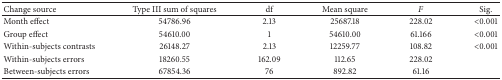
<table><thead><tr><td><b>Change source</b></td><td><b>Type III sum of squares</b></td><td><b>df</b></td><td><b>Mean square</b></td><td><b><i>F</i></b></td><td><b>Sig.</b></td></tr></thead><tbody><tr><td>Month effect</td><td>54786.96</td><td>2.13</td><td>25687.18</td><td>228.02</td><td>&lt;0.001</td></tr><tr><td>Group effect</td><td>54610.00</td><td>1</td><td>54610.00</td><td>61.166</td><td>&lt;0.001</td></tr><tr><td>Within-subjects contrasts</td><td>26148.27</td><td>2.13</td><td>12259.77</td><td>108.82</td><td>&lt;0.001</td></tr><tr><td>Within-subjects errors</td><td>18260.55</td><td>162.09</td><td>112.65</td><td>228.02</td><td> </td></tr><tr><td>Between-subjects errors</td><td>67854.36</td><td>76</td><td>892.82</td><td>61.16</td><td> </td></tr></tbody></table>